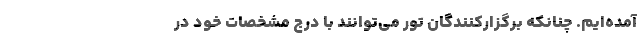
آمده‌ایم. چنانکه برگزارکنندگان تور می‌توانند با درج مشخصات خود در